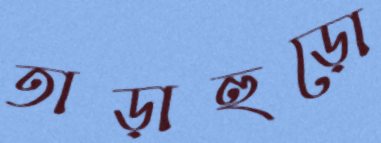
তাড়াহুড়ো